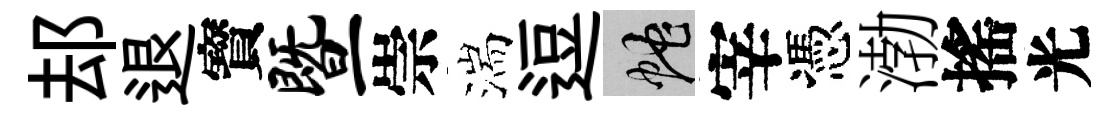
𨚫退寳暨崇湍逗蛇宰憑渤搖光